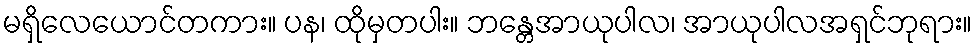
မရှိလေယောင်တကား။ ပန၊ ထိုမှတပါး။ ဘန္တေအာယုပါလ၊ အာယုပါလအရှင်ဘုရား။